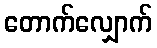
တောက်လျှောက်